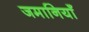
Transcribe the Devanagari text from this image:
जमानियाँ